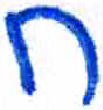
אות: ח